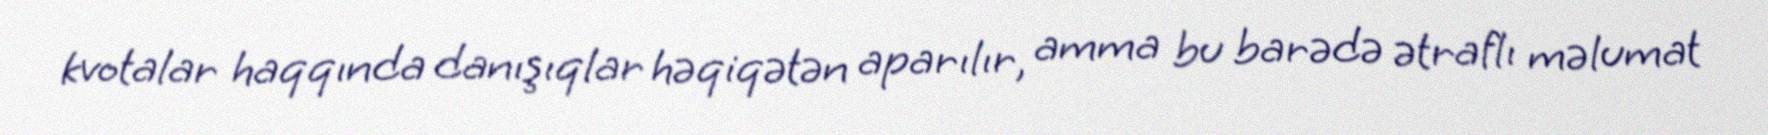
kvotalar haqqında danışıqlar həqiqətən aparılır, amma bu barədə ətraflı məlumat